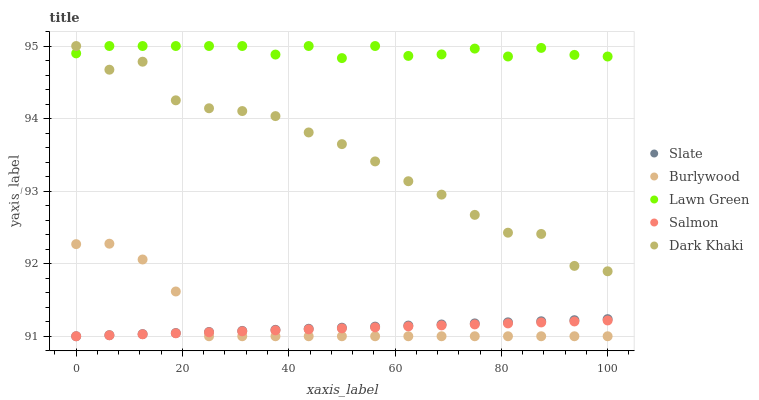
| xaxis_label | Slate | Burlywood | Lawn Green | Salmon | Dark Khaki |
 | --- | --- | --- | --- | --- | --- |
 | 0 | 91 | 92.3 | 94.9 | 91 | 95 |
 | 6.25 | 91 | 92.3 | 95 | 91 | 94.7 |
 | 12.5 | 91 | 92.1 | 95 | 91 | 94.8 |
 | 18.8 | 91 | 91.6 | 95 | 91 | 94.3 |
 | 25 | 91.1 | 91 | 95 | 91.1 | 94.1 |
 | 31.2 | 91.1 | 91 | 95 | 91.1 | 94.1 |
 | 37.5 | 91.1 | 91 | 94.9 | 91.1 | 94 |
 | 43.8 | 91.1 | 91 | 95 | 91.1 | 93.8 |
 | 50 | 91.1 | 91 | 94.8 | 91.1 | 93.6 |
 | 56.2 | 91.1 | 91 | 95 | 91.1 | 93.4 |
 | 62.5 | 91.1 | 91 | 94.9 | 91.1 | 93.1 |
 | 68.8 | 91.2 | 91 | 94.9 | 91.1 | 93 |
 | 75 | 91.2 | 91 | 95 | 91.2 | 92.7 |
 | 81.2 | 91.2 | 91 | 94.9 | 91.2 | 92.4 |
 | 87.5 | 91.2 | 91 | 95 | 91.2 | 92.4 |
 | 93.8 | 91.2 | 91 | 94.9 | 91.2 | 92 |
 | 100 | 91.2 | 91 | 94.9 | 91.2 | 91.9 |